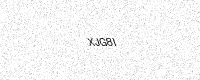
Text: XJG8I